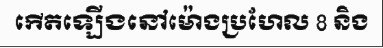
កើតឡើងនៅម៉ោងប្រហែល 8 និង